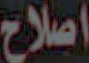
اصلاح